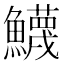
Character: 鱴